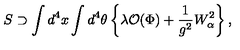
S \supset \int d ^ { 4 } x \int d ^ { 4 } \theta \left\{ \lambda { \cal O } ( \Phi ) + { \frac { 1 } { g ^ { 2 } } } W _ { \alpha } ^ { 2 } \right\} ,